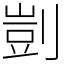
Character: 剴